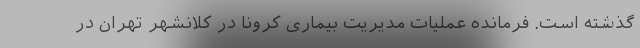
گذشته است. فرمانده عملیات مدیریت بیماری کرونا در کلانشهر تهران در